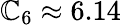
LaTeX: \mathbb{C}_{6}\approx6.14